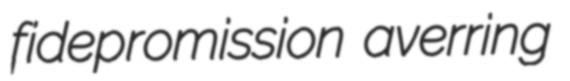
fidepromission averring